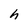
Character: h